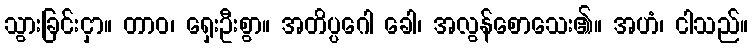
သွားခြင်းငှာ။ တာဝ၊ ရှေးဦးစွာ။ အတိပ္ပဂေါ ခေါ၊ အလွန်စောသေး၏။ အဟံ၊ ငါသည်။